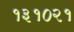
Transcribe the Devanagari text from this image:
१३१०२१